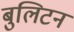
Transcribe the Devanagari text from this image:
बुलिटन